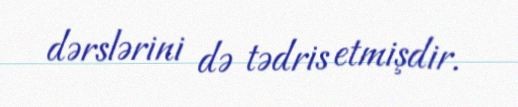
dərslərini də tədris etmişdir.